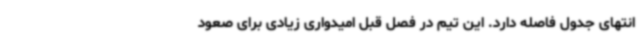
انتهای جدول فاصله دارد. این تیم در فصل قبل امیدواری زیادی برای صعود